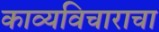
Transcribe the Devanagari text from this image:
काव्यविचाराचा